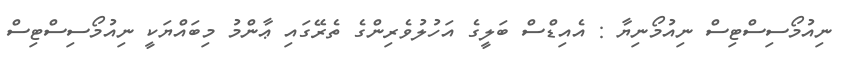
ނިއުމޯސިސްޓިސް ނިއުމޯނިޔާ : އެއިޑްސް ބަލީގެ އަހުލުވެރިންގެ ތެރޭގައި ޢާންމު މިބައްޔަކީ ނިއުމޯސިސްޓިސް